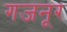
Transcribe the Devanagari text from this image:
गजनूर